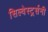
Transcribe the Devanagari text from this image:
सिल्वेस्टर्र्सनी